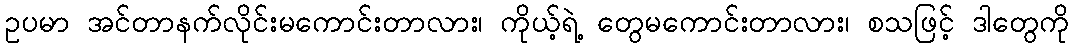
ဥပမာ အင်တာနက်လိုင်းမကောင်းတာလား၊ ကိုယ့်ရဲ့ တွေမကောင်းတာလား၊ စသဖြင့် ဒါတွေကို